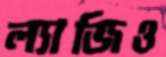
ল্যাজিও